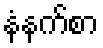
နံနက်စာ